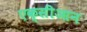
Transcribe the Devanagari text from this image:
एक्सीआन